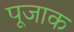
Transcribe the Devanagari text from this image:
पूजाक